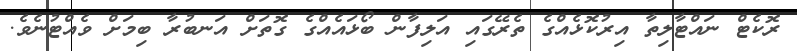
ރޮކެޓް ނައްޓާލިތާ އިރުކޮޅެއްގެ ތެރޭގައި އަލިފާން ބޯޅައެއްގެ ގޮތަށް އަނބުރާ ބިމަށް ވެއްޓުނެވެ.